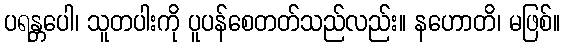
ပရန္တပေါ၊ သူတပါးကို ပူပန်စေတတ်သည်လည်း။ နဟောတိ၊ မဖြစ်။